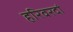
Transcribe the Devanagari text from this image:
हरिवरदां